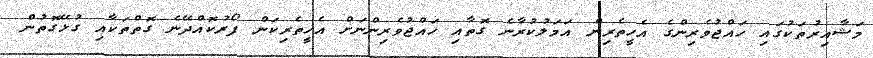
މަޝާއިރުތަކުގައި ހައްޖުވެރިންގެ އެހީތެރިން އަމަލުކުރާނެ ގޮތާއި ހައްޖުވެރިންނަށް އެހީތެރިކަން ފޯރުކޮއްދޭނެ ގޮތްތަކާއި ގުޅޭގޮތުން